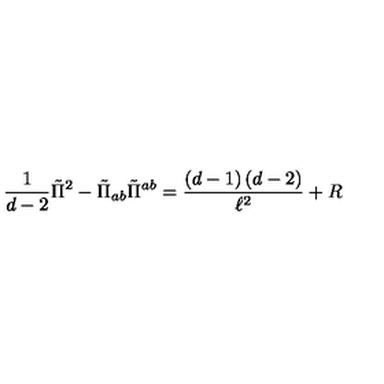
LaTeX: \frac { 1 } { d - 2 } \tilde { \Pi } ^ { 2 } - \tilde { \Pi } _ { a b } \tilde { \Pi } ^ { a b } = \frac { \left( d - 1 \right) \left( d - 2 \right) } { \ell ^ { 2 } } + R